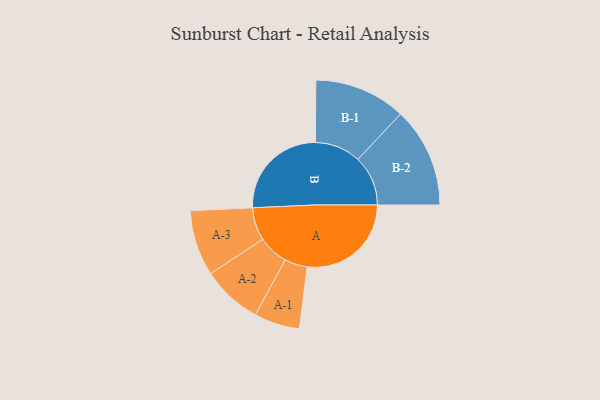
{"axis": {"x": "Segment", "y": "Value"}, "legend": ["", "A", "B"], "data": [{"x": "A", "y": 465, "type": ""}, {"x": "B", "y": 445, "type": ""}, {"x": "A-1", "y": 102, "type": "A"}, {"x": "A-2", "y": 135, "type": "A"}, {"x": "A-3", "y": 147, "type": "A"}, {"x": "B-1", "y": 205, "type": "B"}, {"x": "B-2", "y": 224, "type": "B"}]}